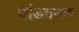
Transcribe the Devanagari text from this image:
पांडवनाग